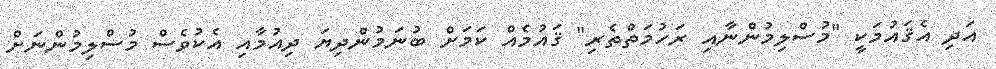
އަދި އެޤައުމަކީ "މުސްލިމުންނާއި ރަހުމަތްތެރި" ޤައުމެއް ކަމަށް ބުނަމުންދިޔަ ދިއުމާއި އެކުވެސް މުސްލިމުންނަށް